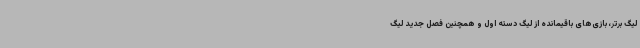
لیگ برتر، بازی‌های باقیمانده از لیگ دسته اول و همچنین فصل جدید لیگ